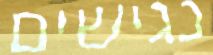
נגישים